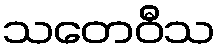
သတေဝီသ